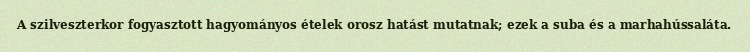
A szilveszterkor fogyasztott hagyományos ételek orosz hatást mutatnak; ezek a suba és a marhahússaláta.